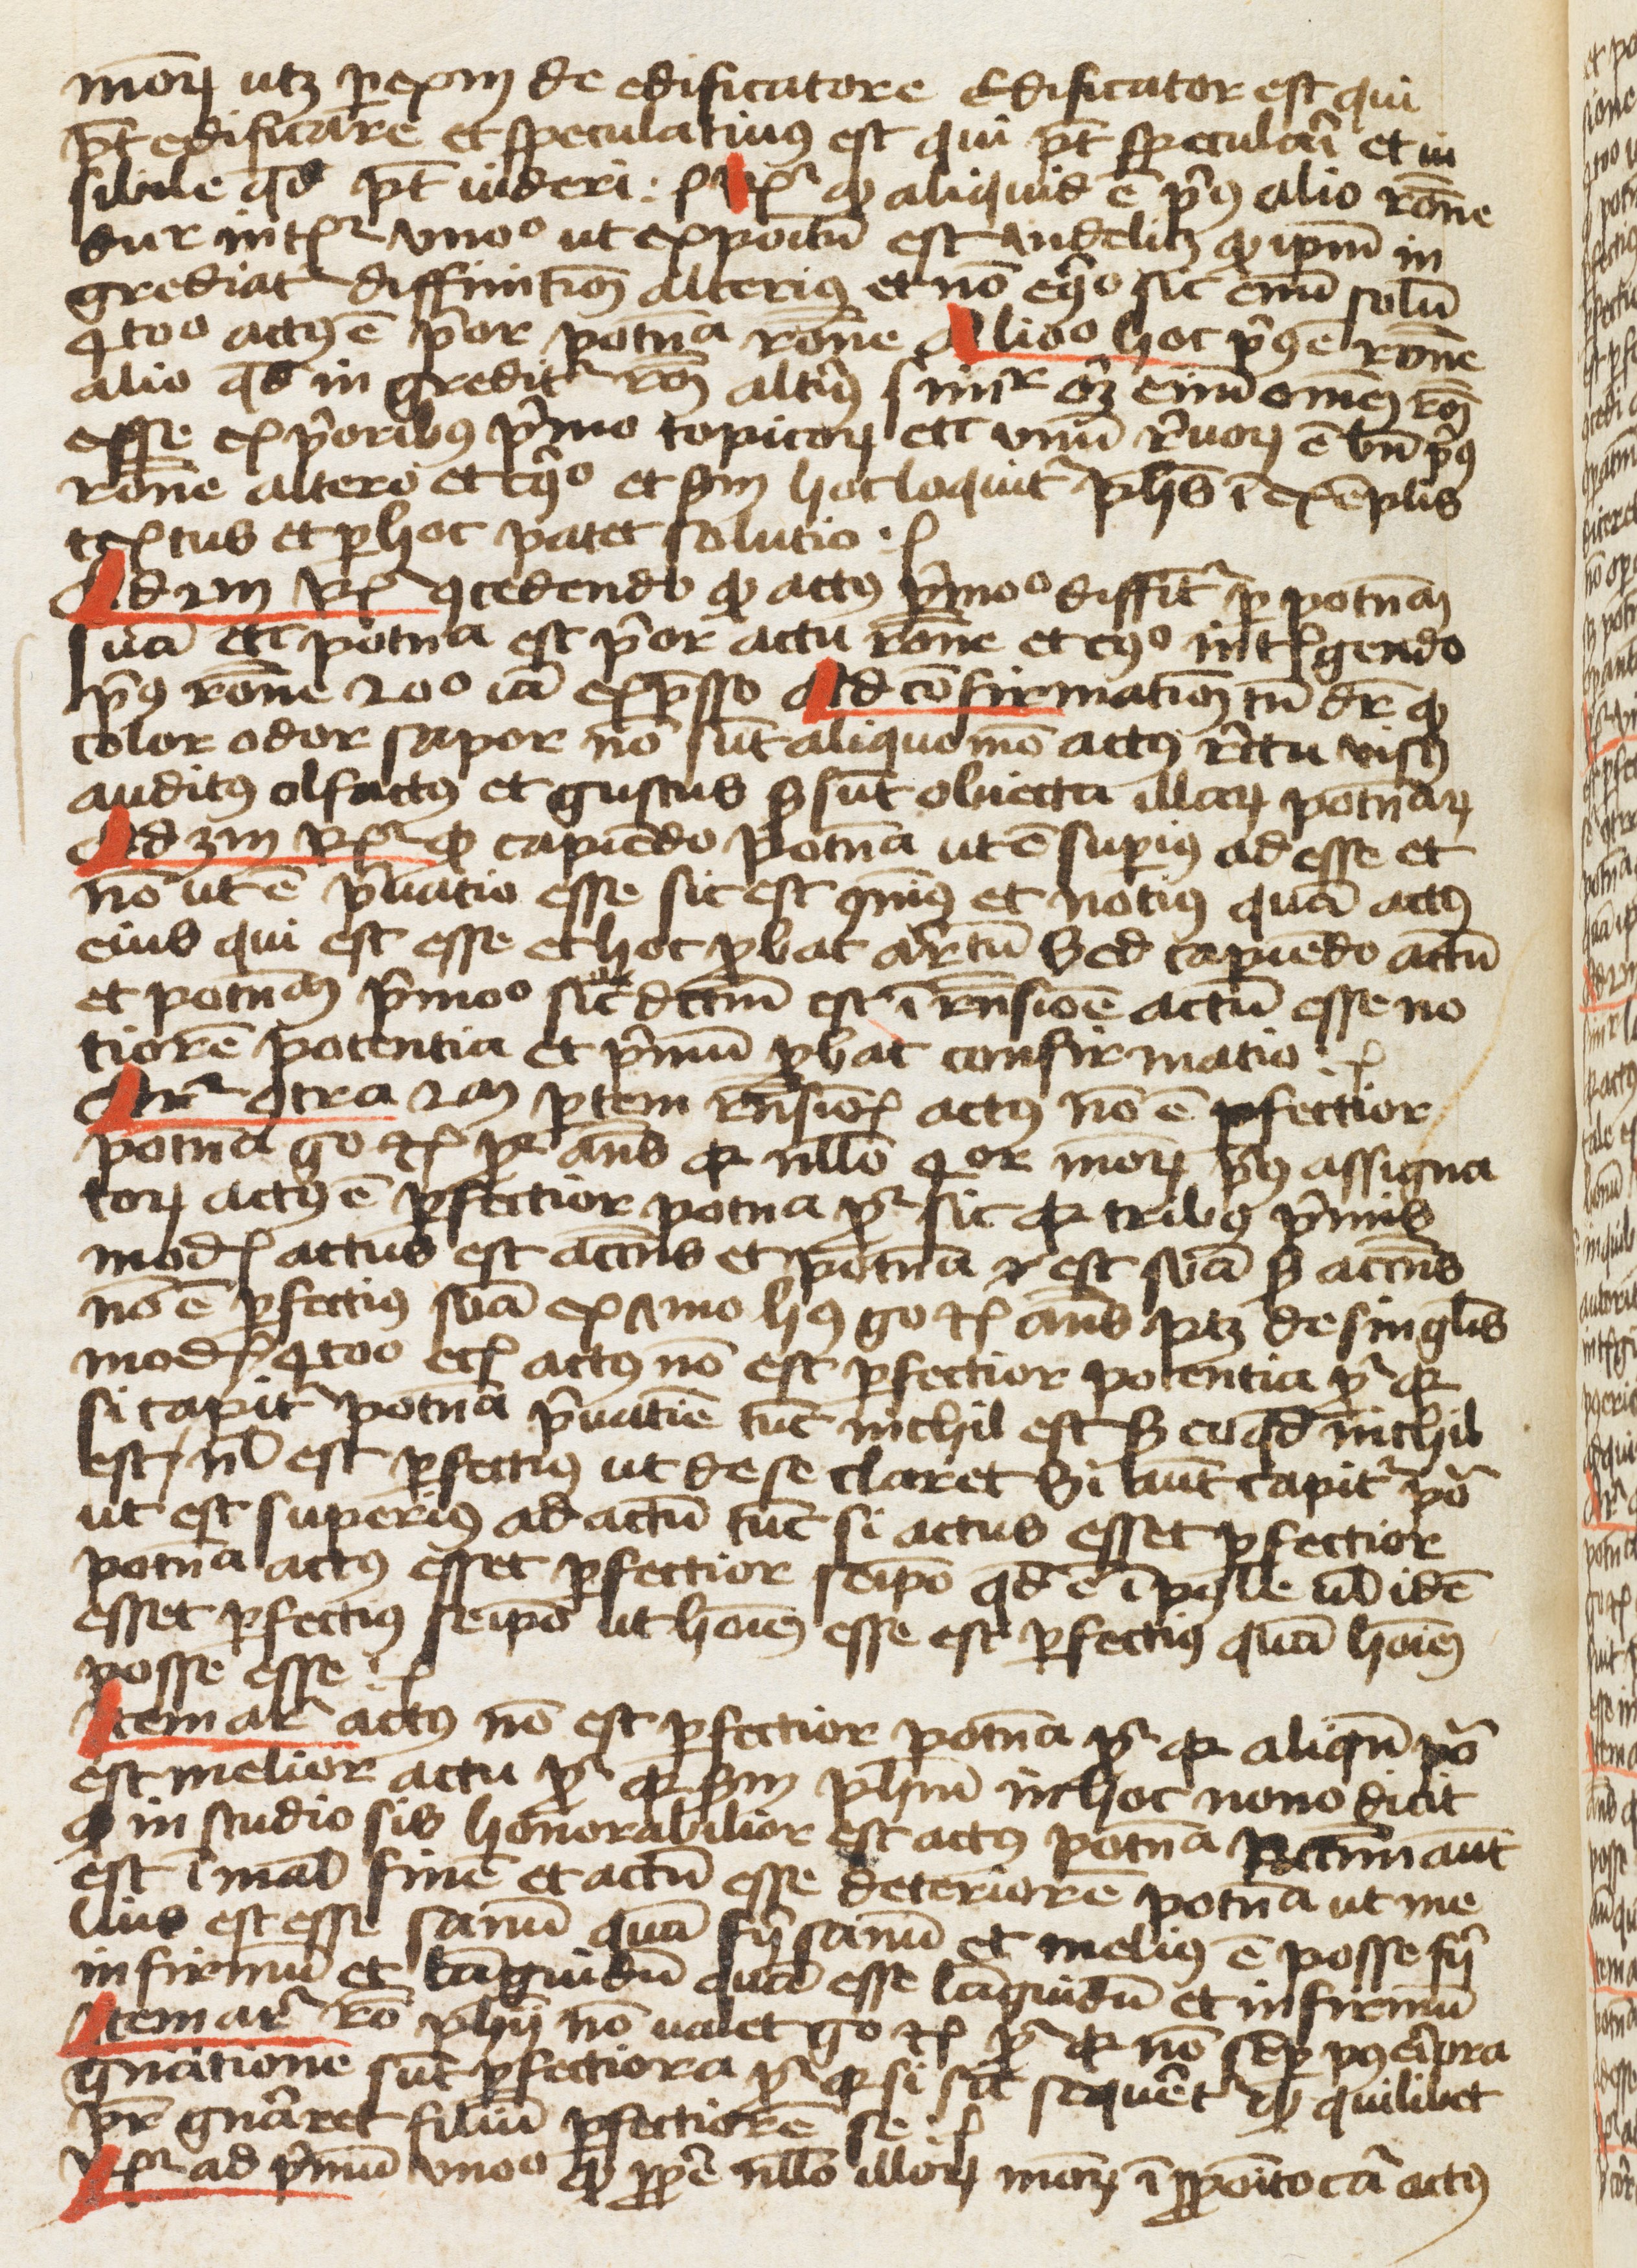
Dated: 1459–1459